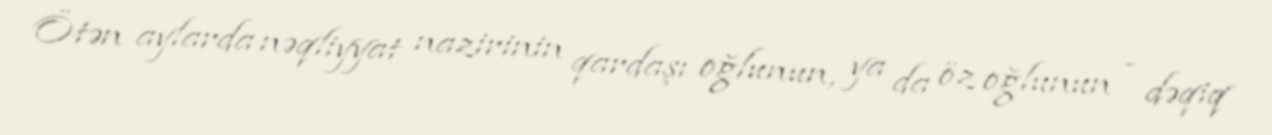
Ötən aylarda nəqliyyat nazirinin qardaşı oğlunun, ya da öz oğlunun - dəqiq